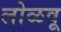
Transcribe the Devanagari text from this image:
लोळवू